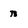
Character: n